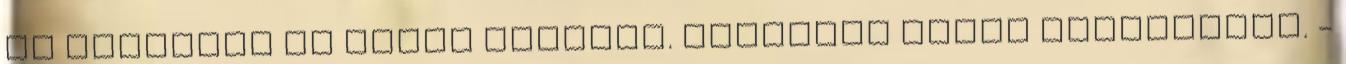
de tanultam az előző esetből. Kedvesen fogok válaszolni. -